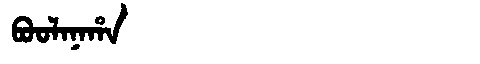
Manchu: ᠪᠣᠣᠯᠠᠨᠠᡥᠠ
Romanization: BOOLANAHA